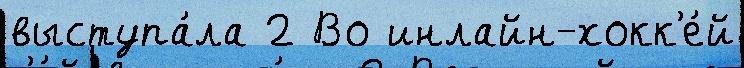
выступа́ла 2 Во инлайн-хокк'е́й